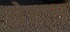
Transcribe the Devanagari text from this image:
ग्रेट्स